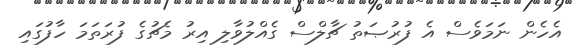
އެހެން ނަމަވެސް އެ ފުރުޞަތު ޗާލްސް ގެއްލުވާލި އިރު މެޗުގެ ފުރަތަމަ ހާފުގައި